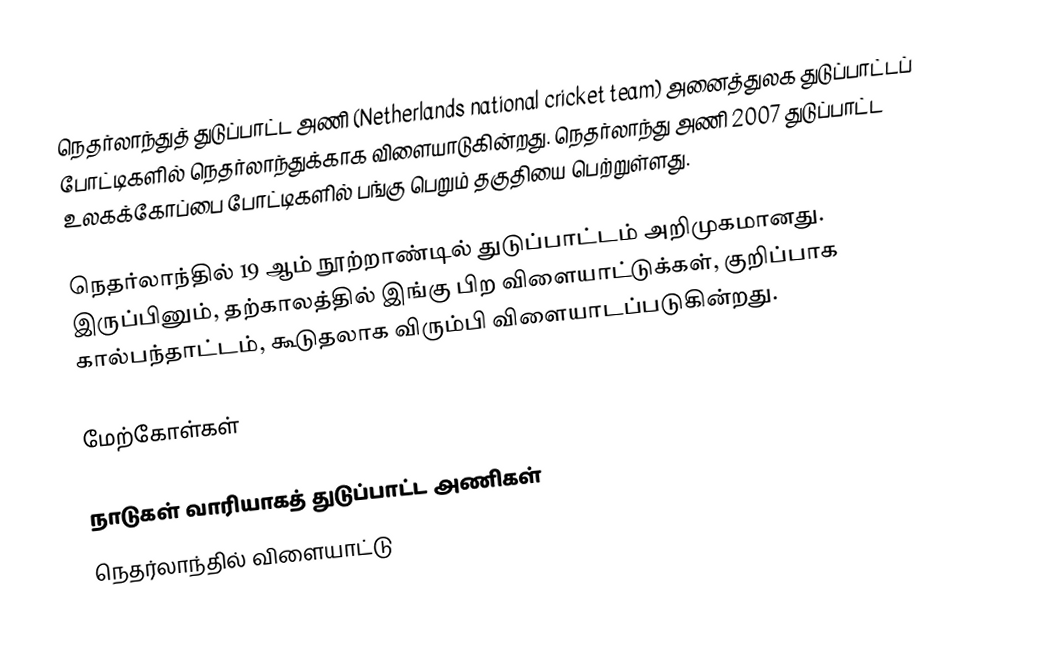
நெதர்லாந்துத் துடுப்பாட்ட அணி (Netherlands national cricket team) அனைத்துலக துடுப்பாட்டப் போட்டிகளில் நெதர்லாந்துக்காக விளையாடுகின்றது. நெதர்லாந்து அணி 2007 துடுப்பாட்ட உலகக்கோப்பை போட்டிகளில் பங்கு பெறும் தகுதியை பெற்றுள்ளது.

நெதர்லாந்தில் 19 ஆம் நூற்றாண்டில் துடுப்பாட்டம் அறிமுகமானது. இருப்பினும், தற்காலத்தில் இங்கு பிற விளையாட்டுக்கள், குறிப்பாக கால்பந்தாட்டம், கூடுதலாக விரும்பி விளையாடப்படுகின்றது.

மேற்கோள்கள்

நாடுகள் வாரியாகத் துடுப்பாட்ட அணிகள்
நெதர்லாந்தில் விளையாட்டு